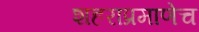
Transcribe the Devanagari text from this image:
शहराप्रमाणेच